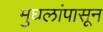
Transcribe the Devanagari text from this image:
मुघलांपासून